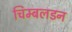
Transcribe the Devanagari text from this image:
चिम्बलडन